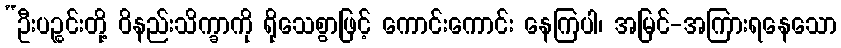
“ဦးပဉ္စင်းတို့ ဝိနည်းသိက္ခာကို ရိုသေစွာဖြင့် ကောင်းကောင်း နေကြပါ၊ အမြင်-အကြားရနေသော